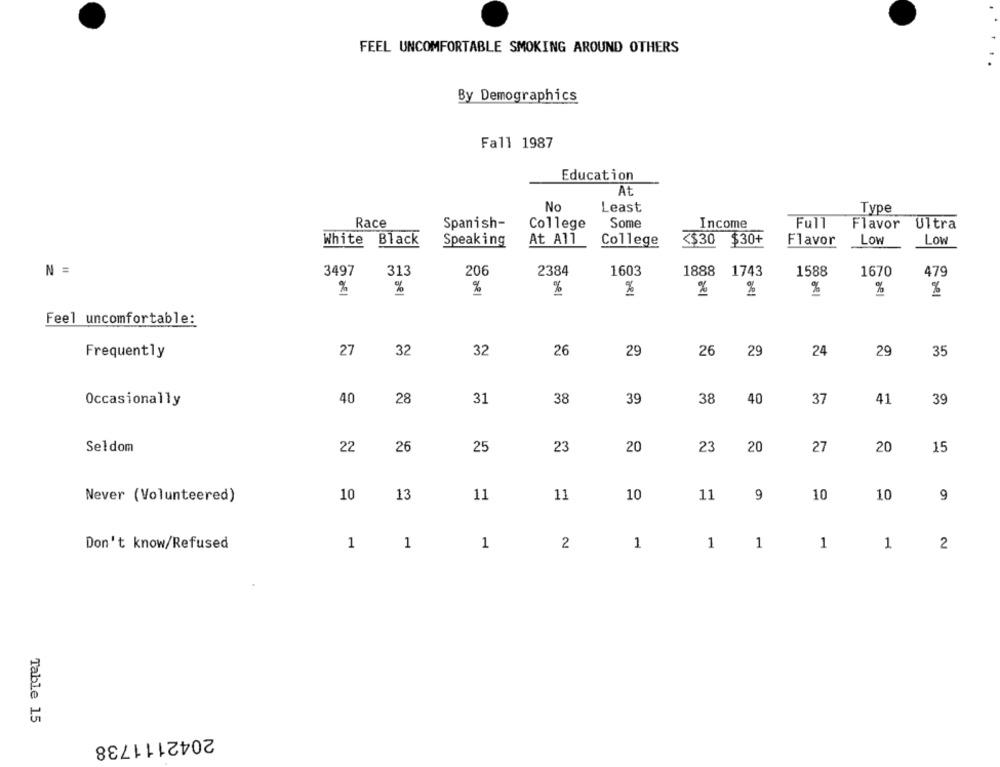
FEEL UNCOMFORTABLE SMOKING AROUND OTHERS
By Demographics
Fall 1987
Education
At
No
Least
Type
Race
Spanish-
College
Some
Income
Full
Flavor
Ultra
White Black
Speaking
At All
College
<$30 $30+
Flavor
Low
Low
N =
3497
313
206
2384
1603
1888
1743
1588
1670
479
%
%
%
%
%
Feel uncomfortable:
Frequently
27
32
32
26
29
26
29
24
29
35
40
28
31
39
38
40
37
41
Occasionally
38
39
Seldom
22
26
25
23
20
23 20
27
20
15
Never (Volunteered)
10
13
11
11
10
11
9
10
10
9
1
1
1
2
1
1
1
Don't know/Refused
1 1
2
Table 15
2042111738